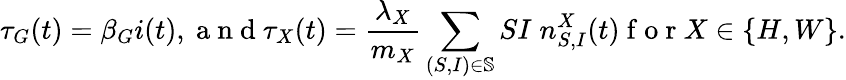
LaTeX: \tau_{G}(t)=\beta_{G}i(t),\mathrm{~a~n~d~}\tau_{X}(t)=\frac{\lambda_{X}}{m_{X}}\sum_{(S,I)\in\mathbb{S}}SI\; n_{S,I}^{X}(t)\mathrm{~f~o~r~}X\in\{ H,W\} .